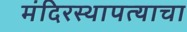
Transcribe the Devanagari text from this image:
मंदिरस्थापत्याचा